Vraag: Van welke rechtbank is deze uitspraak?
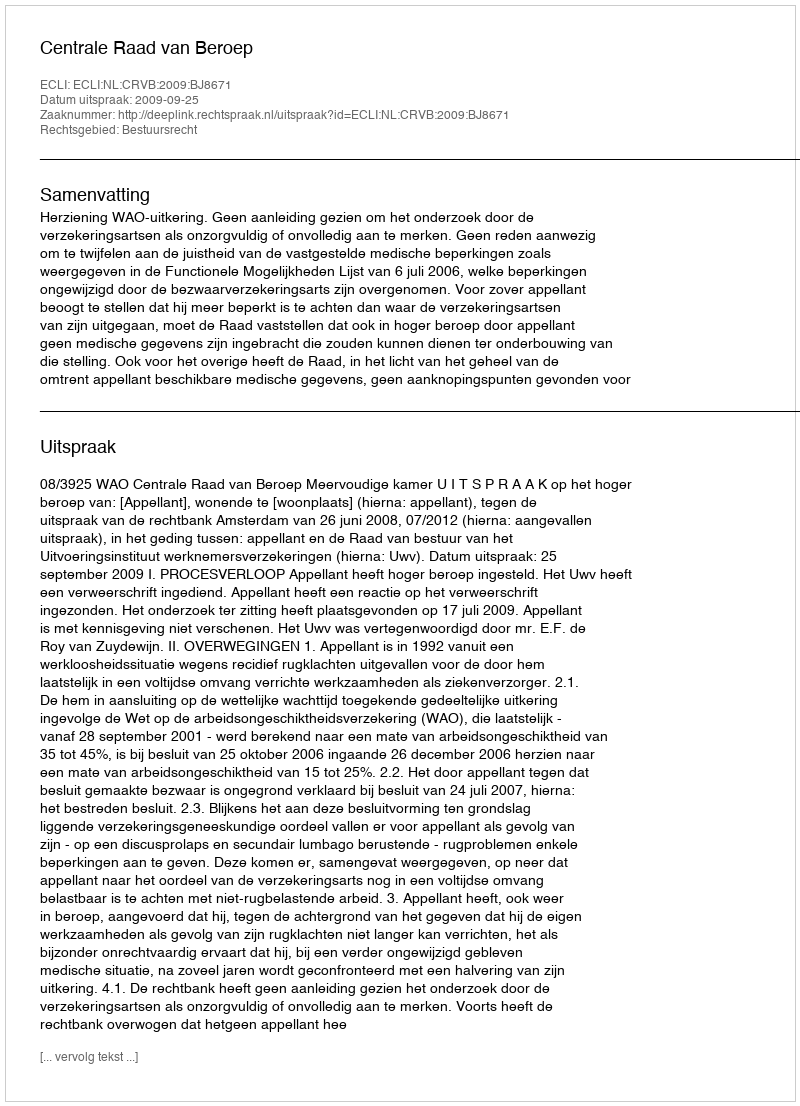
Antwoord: Centrale Raad van Beroep